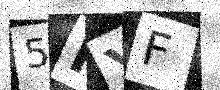
Text: 5KYF